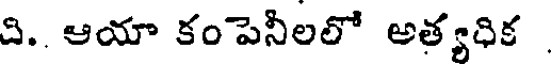
ది. ఆయా కంపెనీలలో అత్యధిక